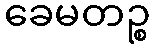
ခေမတဉ္စ